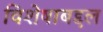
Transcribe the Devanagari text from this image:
विशेषाबद्दल